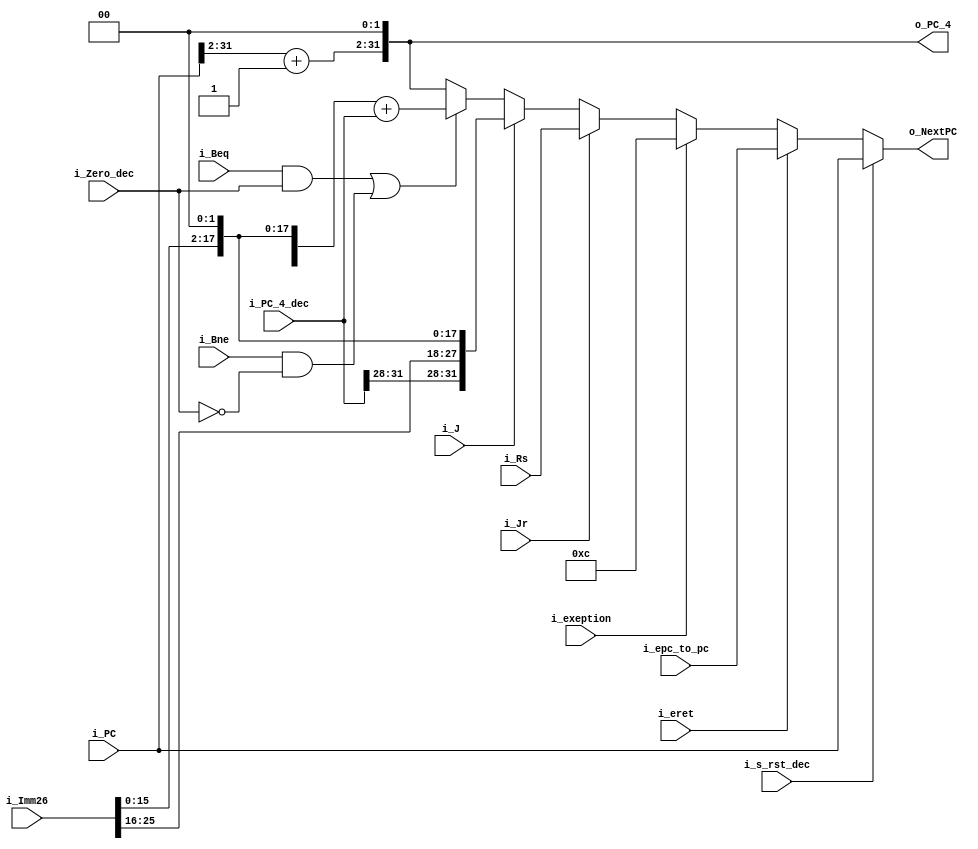
module NextPC(i_Imm26,
              i_PC,
              i_PC_4_dec,
              i_Rs,
              i_Zero_dec,
              i_J,
              i_Jr,
              i_Beq,
              i_Bne,
              i_exeption,
              i_eret,
              i_epc_to_pc,
              i_s_rst_dec,
              o_NextPC,
              o_PC_4
              );
              
input   [25:0]  i_Imm26;
input   [31:0]  i_PC, i_PC_4_dec, i_Rs, i_epc_to_pc;
input           i_J, i_Jr, i_Zero_dec, i_Bne, i_Beq, i_eret, i_exeption, i_s_rst_dec;
output  [31:0]  o_NextPC, o_PC_4;

wire [15:0] Imm16 = i_Imm26[15:0];
wire [27:0] Imm28 = i_Imm26 << 2;

wire [31:0] branch, jump, jumpreg, epc_mux, eret_mux;
wire branch_ctrl;
wire [31:0] PC_4;

assign o_PC_4 = PC_4;

assign branch_ctrl = i_Beq & i_Zero_dec | i_Bne & !i_Zero_dec;
assign PC_4 = {i_PC[31:2] + 1'b1, 2'b0};


// Multiplexors for NEXT PC //
assign branch   = branch_ctrl ? ({{16{Imm16[15]}}, Imm16} << 2) + i_PC_4_dec : PC_4;
assign jump     = i_J         ? {i_PC_4_dec[31:28], Imm28}  : branch;
assign jumpreg  = i_Jr        ? i_Rs                  : jump;
assign epc_mux  = i_exeption  ? 32'd12                : jumpreg;
assign eret_mux = i_eret      ? i_epc_to_pc           : epc_mux; 
assign o_NextPC = i_s_rst_dec ? i_PC                  : eret_mux;
//////////////////////////////
  
endmodule